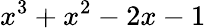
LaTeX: x^{3}+x^{2}-2x-1